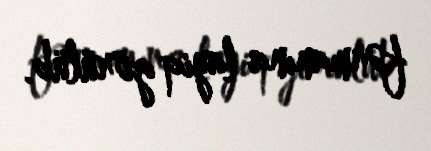
fərmanına layiq görülüb.